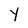
Character: Y